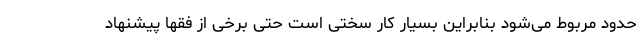
حدود مربوط می‌شود بنابراین بسیار کار سختی است حتی برخی از فقها پیشنهاد